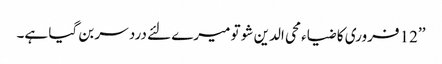
’’12 فروری کا ضیاء محی الدین شو تو میرے لئے درد سر بن گیا ہے۔